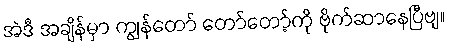
အဲဒီ အချိန်မှာ ကျွန်တော် တော်တော့်ကို ဗိုက်ဆာနေပြီဗျ။